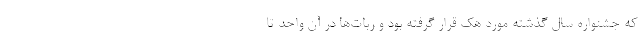
که جشنواره سال گذشته مورد هک قرار گرفته بود و ربات‌ها در آن واحد تا